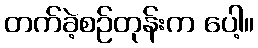
တက်ခဲ့စဉ်တုန်းက ပေါ့။